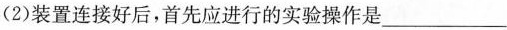
(2)装置连接好后，首先应进行的实验操作是___